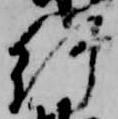
給